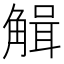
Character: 𧤏